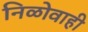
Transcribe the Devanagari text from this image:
निळोवाही